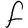
Character: F